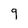
Character: 9